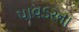
પાવડરના